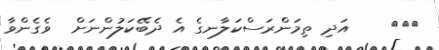
١١٧    އަދި ތިމަންރަސްކަލާނގެ އެ ދެބޭކަލުންނަށް  ވެގެންވާ